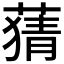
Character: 𦹤